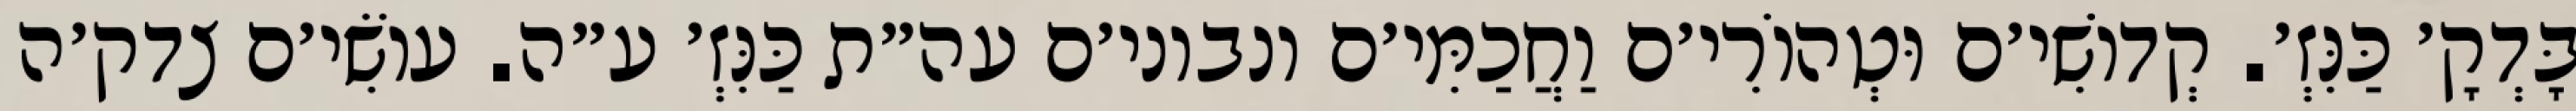
בָּדְקָ׳ כַּנִּזְ׳. קְדוֹשִׁי׳ם וּטְהוֹרִי׳ם וַחֲכַמִּי׳ם ונבוני׳ם עה״ת כַּנִּזְ׳ ע״ה. עוֹשִׂי׳ם צדק׳ה